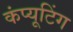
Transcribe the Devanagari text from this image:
कंप्‍यूटिंग